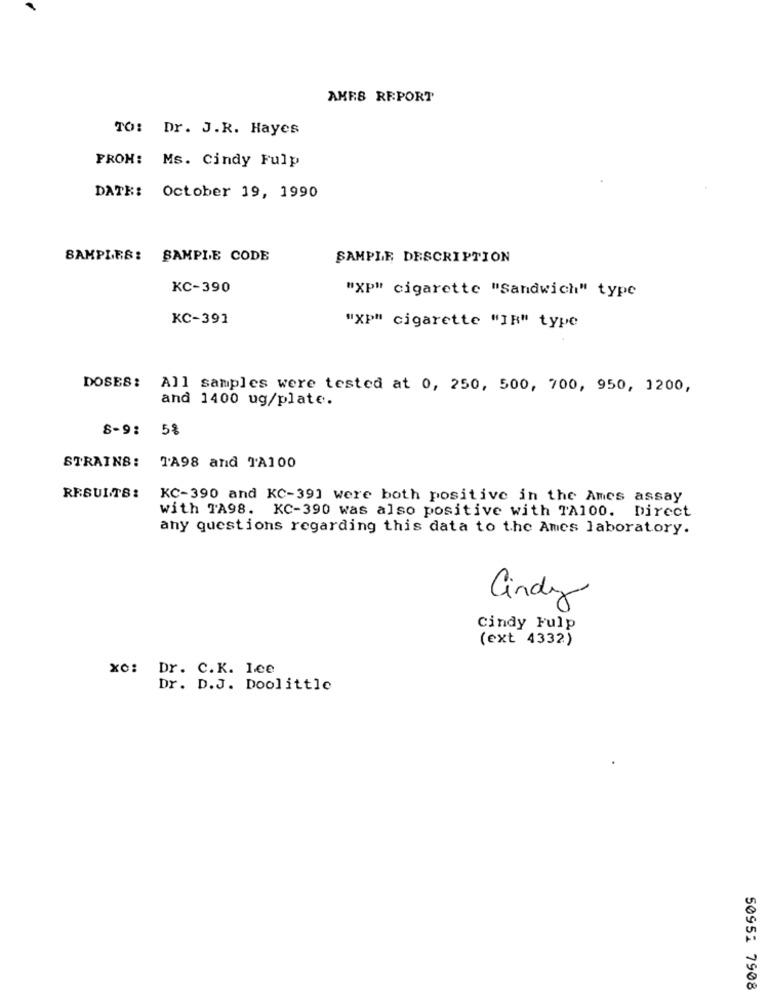
AMES REPORT
TO: Dr. J.R. Hayes
FROM: Ms. Cindy Fulp
DATE: October 19, 1990
SAMPLES: SAMPLE CODE
SAMPLE DESCRIPTION
KC-390
"XP" cigarette "Sandwich" type
KC-391
"Xp" cigarette "IR" type
DOSES:
All samples were tested at 0, 250, 500, 700, 950, 1200,
and 1400 ug/plate.
8-9: 5%
STRAINS: TA98 and TA100
RESULTS:
KC-390 and KC-391 were both positive in the Ames assay
with TA98. KC-390 was also positive with TA100. Direct
any questions regarding this data to the Ames laboratory.
Cindy
cindy Fulp
(ext 4332)
xo: Dr. C.K. Lee
Dr. D.J. Doolittle
50951 7908